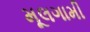
મૂલગામી